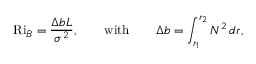
\ensuremath { \mathrm { R i } _ { B } } = \frac { \Delta b L } { \sigma ^ { 2 } } , \qquad \mathrm { w i t h } \qquad \Delta b = \int _ { r _ { 1 } } ^ { r _ { 2 } } N ^ { 2 } \, d r ,